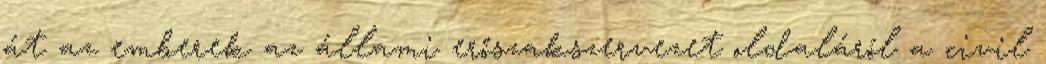
át az emberek az állami erőszakszervezet oldaláról a civil